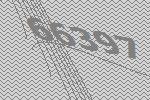
66397